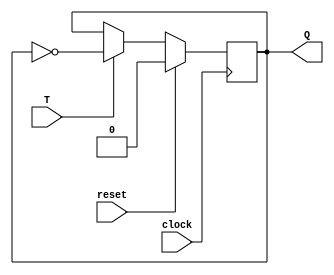
`timescale 1ns / 1ps
//////////////////////////////////////////////////////////////////////////////////
// Company: 
// Engineer: 
// 
// Design Name: 
// Module Name: T_FF
// Project Name: 
// Target Devices: 
// Tool Versions: 
// Description: 
// 
// Dependencies: 
// 
// Revision:
// Revision 0.01 - File Created
// Additional Comments:
// 
//////////////////////////////////////////////////////////////////////////////////


module T_FF(
    T, clock, reset, Q
    );
    input T, clock, reset;
    output reg Q;
    always @(negedge clock)
        if (reset)
            Q <= 0;
        else if(T)
            Q <= ~Q;
endmodule